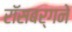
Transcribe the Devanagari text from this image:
रॉसबर्गने